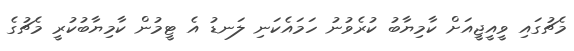
މެޗުގައި ވީއީޖީއަށް ކާމިޔާބު ކުރެވުނު ހަމައެކަނި ލަނޑު އެ ޓީމުން ކާމިޔާބުކުރީ މެޗުގެ